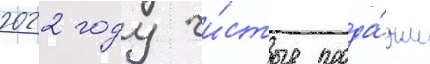
2022 году чи́стые прода́жи